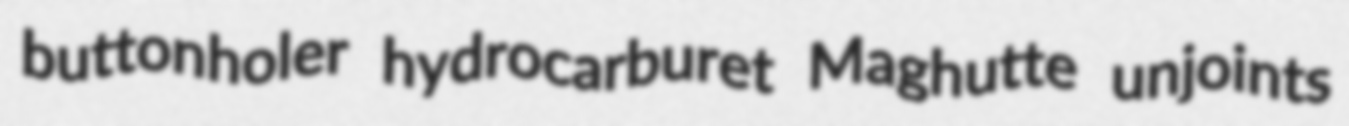
buttonholer hydrocarburet Maghutte unjoints